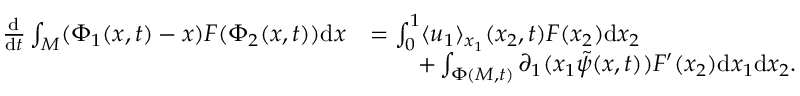
\begin{array} { r l } { \frac { \mathrm { d } } { \mathrm { d } t } \int _ { M } ( \Phi _ { 1 } ( x , t ) - x ) F ( \Phi _ { 2 } ( x , t ) ) \mathrm { d } x } & { = \int _ { 0 } ^ { 1 } \langle u _ { 1 } \rangle _ { x _ { 1 } } ( x _ { 2 } , t ) F ( x _ { 2 } ) \mathrm { d } x _ { 2 } } \\ & { \qquad + \int _ { \Phi ( M , t ) } \partial _ { 1 } ( x _ { 1 } \tilde { \psi } ( x , t ) ) F ^ { \prime } ( x _ { 2 } ) \mathrm { d } x _ { 1 } \mathrm { d } x _ { 2 } . } \end{array}